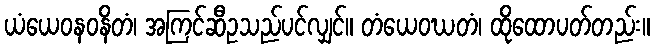
ယံယေဝနဝနိတံ၊ အကြင်ဆီဥသည်ပင်လျှင်။ တံယေဝဃတံ၊ ထိုထောပတ်တည်း။